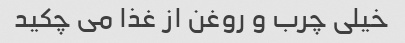
خیلی چرب و روغن از غذا مى چکید